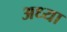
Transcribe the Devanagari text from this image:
अध्या